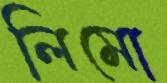
লিমো